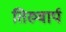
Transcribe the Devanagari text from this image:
तिरुवार्प